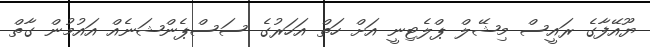
ޔޫއޭފާގެ ރައީސް މިޝޭލް ޕްލެޓިނީ އަށް ހަތް އަހަރުގެ ސަސްޕެންޝަނެއް އައުމުން ގާތް